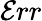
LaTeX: \mathcal{E}rr